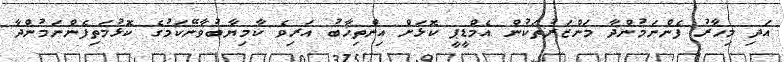
އަދި މިހާރު ފެންނަމުންދާ މަންޒަރުތަކުން އެމްޑީޕީ ކޮޅަށް އިންތިޚާބު އަރިވެ ކާމިޔާބުވާނޭކަމުގެ ކޮޅުމަތިފެންނަމުންދާ